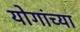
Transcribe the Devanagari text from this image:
योगांच्या